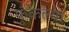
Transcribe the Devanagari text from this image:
फुंकल्या